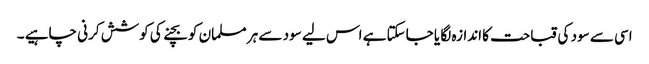
اسی سے سود کی قباحت کا اندازہ لگا یا جاسکتا ہے اس لیے سود سے ہر مسلمان کو بچنے کی کوشش کرنی چاہیے ۔